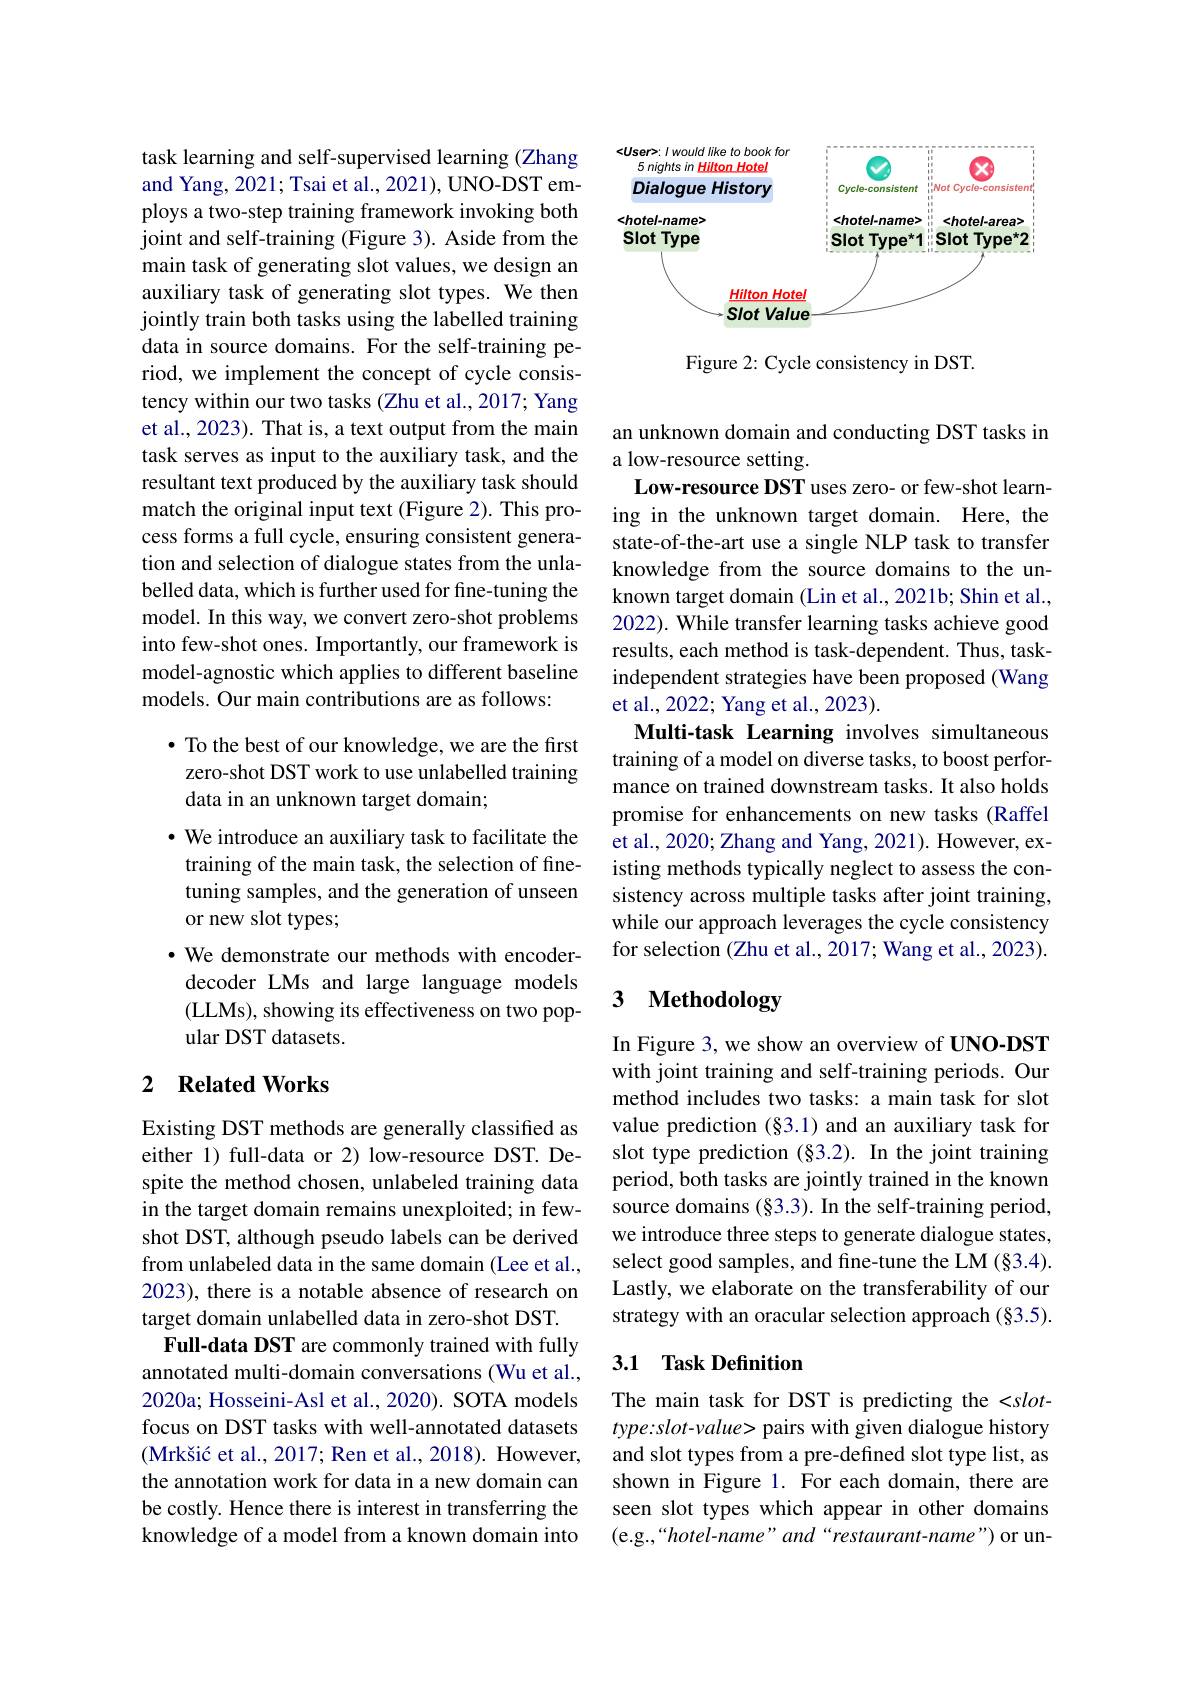
task learning and self-supervised learning (Zhang and Yang, 2021; Tsai et al., 2021), UNO-DST employs a two-step training framework invoking both joint and self-training (Figure 3). Aside from the main task of generating slot values, we design an auxiliary task of generating slot types. We then jointly train both tasks using the labelled training data in source domains. For the self-training period, we implement the concept of cycle consistency within our two tasks (Zhu et al., 2017; Yang et al., 2023). That is, a text output from the main task serves as input to the auxiliary task, and the resultant text produced by the auxiliary task should match the original input text (Figure 2). This process forms a full cycle, ensuring consistent generation and selection of dialogue states from the unlabelled data, which is further used for fine-tuning the model. In this way, we convert zero-shot problems into few-shot ones. Importantly, our framework is model-agnostic which applies to different baseline models. Our main contributions are as follows:

$\bullet$ To the best of our knowledge, we are the first zero-shot DST work to use unlabelled training data in an unknown target domain;
· We introduce an auxiliary task to facilitate the training of the main task, the selection of finetuning samples, and the generation of unseen or new slot types;
· We demonstrate our methods with encoderdecoder LMs and large language models (LLMs), showing its effectiveness on two popular DST datasets.

## 2 Related Works

Existing DST methods are generally classified as either 1) full-data or 2) low-resource DST. Despite the method chosen, unlabeled training data in the target domain remains unexploited; in fewshot DST, although pseudo labels can be derived from unlabeled data in the same domain (Lee et al., 2023), there is a notable absence of research on target domain unlabelled data in zero-shot DST.
Full-data DST are commonly trained with fully annotated multi-domain conversations (Wu et al., 2020a; Hosseini-Asl et al., 2020). SOTA models focus on DST tasks with well-annotated datasets (Mrkšić et al., 2017; Ren et al., 2018). However, the annotation work for data in a new domain can be costly. Hence there is interest in transferring the knowledge of a model from a known domain into

<FigureHere>

Figure 2: Cycle consistency in DST.

an unknown domain and conducting DST tasks in
a low-resource setting.
Low-resource DST uses zero- or few-shot learning in the unknown target domain. Here, the state-of-the-art use a single NLP task to transfer knowledge from the source domains to the unknown target domain (Lin et al., 2021b; Shin et al., 2022). While transfer learning tasks achieve good results, each method is task-dependent. Thus, taskindependent strategies have been proposed (Wang et al., 2022; Yang et al., 2023).
Multi-task Learning involves simultaneous training of a model on diverse tasks, to boost performance on trained downstream tasks. It also holds promise for enhancements on new tasks (Raffel et al., 2020; Zhang and Yang, 2021). However, existing methods typically neglect to assess the consistency across multiple tasks after joint training while our approach leverages the cycle consistency for selection (Zhu et al., 2017; Wang et al., 2023).

### 3 $\textbf{Methodology}$

In Figure 3, we show an overview of UNO-DST with joint training and self-training periods. Our method includes two tasks: a main task for slot value prediction (§3.1) and an auxiliary task for slot type prediction (§3.2). In the joint training period, both tasks are jointly trained in the known source domains (§3.3). In the self-training period, we introduce three steps to generate dialogue states, select good samples, and fine-tune the LM (§3.4). Lastly, we elaborate on the transferability of our strategy with an oracular selection approach $(\S3.5).$

### 3.1 Task Definition

The main task for DST is predicting the <slottype:slot-value> pairs with given dialogue history and slot types from a pre-defined slot type list, as shown in Figure 1. For each domain, there are seen slot types which appear in other domains (e.g.,“hotel-name” and“restaurant-name”) or un-